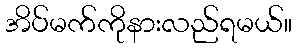
အိပ်မက်ကိုနားလည်ရမယ်။